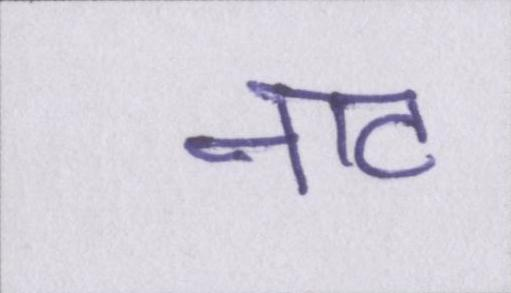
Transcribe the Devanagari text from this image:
नाट